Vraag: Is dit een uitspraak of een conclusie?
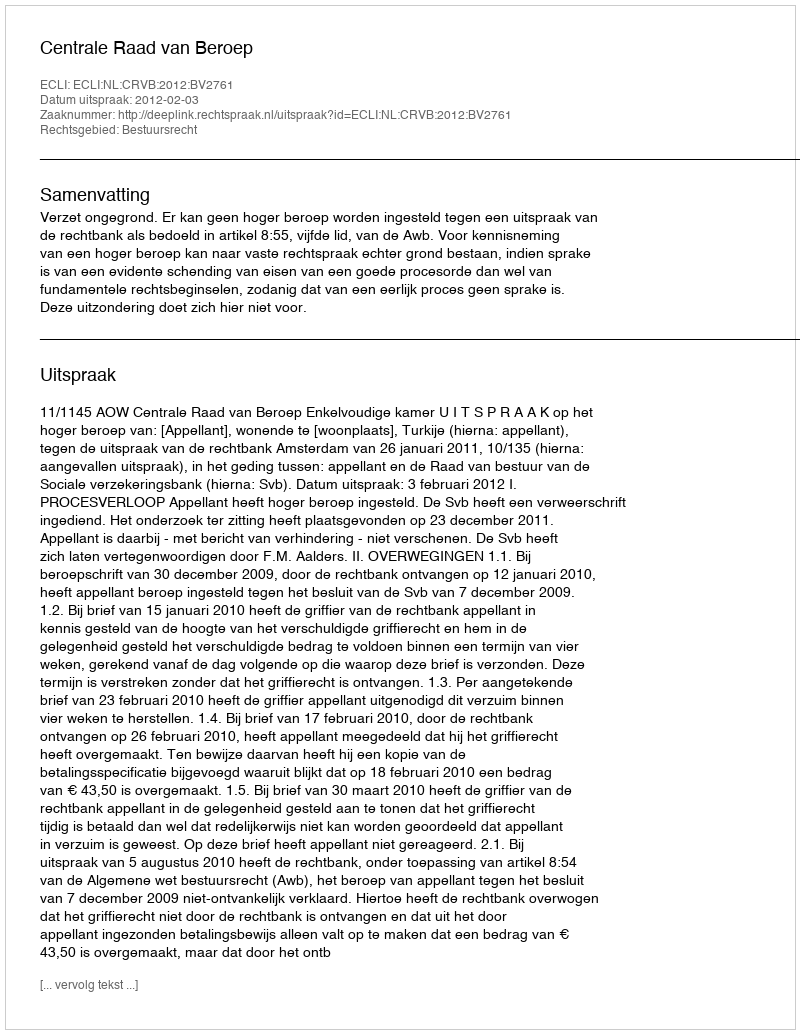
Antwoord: Uitspraak